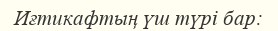
Иғтикафтың үш түрі бар: